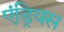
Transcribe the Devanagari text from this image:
एंड्रियस